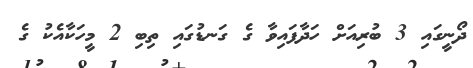
ދޯނީގައި 3 ބުރިއަށް ހަދާފައިވާ ގެ ގަނޑުގައި ތިބި 2 މީހަކާއެކު ގެ